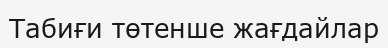
Табиғи төтенше жағдайлар